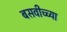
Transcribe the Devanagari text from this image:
बसवीच्च्या